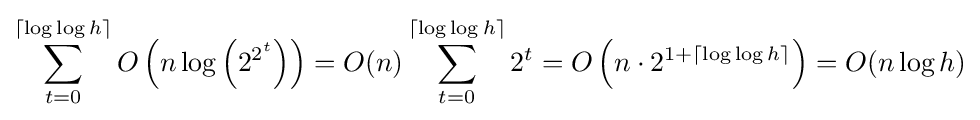
\sum _{t=0}^{\lceil \log \log h\rceil }O\left(n\log \left(2^{2^{t}}\right)\right)=O(n)\sum _{t=0}^{\lceil \log \log h\rceil }2^{t}=O\left(n\cdot 2^{1+\lceil \log \log h\rceil }\right)=O(n\log h)